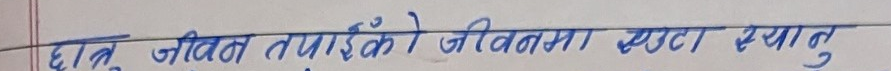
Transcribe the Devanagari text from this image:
छोड्नु जीवन तपाईंको जीवनमा एउटा क्यातु